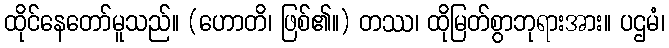
ထိုင်နေတော်မူသည်။ (ဟောတိ၊ ဖြစ်၏။) တဿ၊ ထိုမြတ်စွာဘုရားအား။ ပဌမံ၊